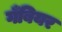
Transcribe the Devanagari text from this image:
गँबियर